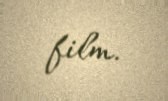
film.